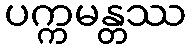
ပက္ကမန္တဿ